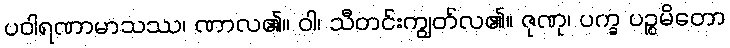
ပဝါရဏာမာသဿ၊ ဏာလ၏။ ဝါ၊ သီတင်းကျွတ်လ၏။ ဇုဏု၊ ပက္ခ ပဉ္စမိတော